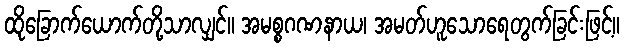
ထိုခြောက်ယောက်တို့သာလျှင်။ အမစ္စဂဏနာယ၊ အမတ်ဟူသောရေတွက်ခြင်းဖြင့်။